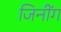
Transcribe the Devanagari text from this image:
जिनींग